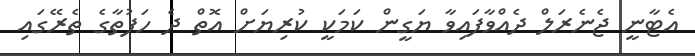
އެޓާނީ ޖެނެރަލް ދެއްވާފައިވާ ޔަގީން ކަމަކީ ކުރިޔަށް އޮތް ދެ ހަފުތާގެ ތެރޭގައި